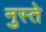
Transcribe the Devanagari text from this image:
नुस्ते